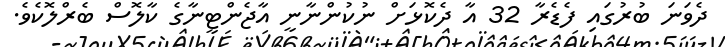
ދެވަނަ ބުރުގައި ފެޑެރާ 32 އާ ދެކޮޅަށް ނުކުންނާނީ އާޖެންޓީނާގެ ކާލޮސް ބެރްލޮކެވެ.